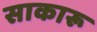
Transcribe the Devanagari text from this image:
साकारू